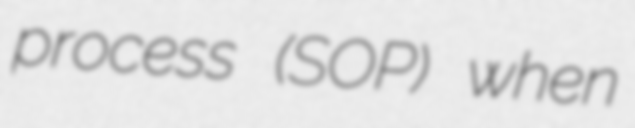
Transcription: process (SOP) when